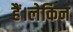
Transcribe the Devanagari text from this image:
हैं।लेकिन